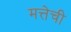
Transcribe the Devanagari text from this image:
मत्तेची